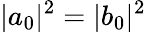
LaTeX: |a_{0}|^{2}=|b_{0}|^{2}